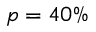
p = 4 0 \%